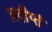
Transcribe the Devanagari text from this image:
प्रदीप्तं